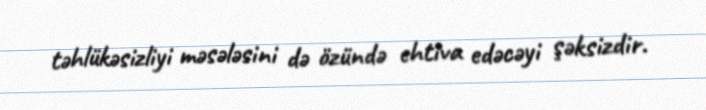
təhlükəsizliyi məsələsini də özündə ehtiva edəcəyi şəksizdir.